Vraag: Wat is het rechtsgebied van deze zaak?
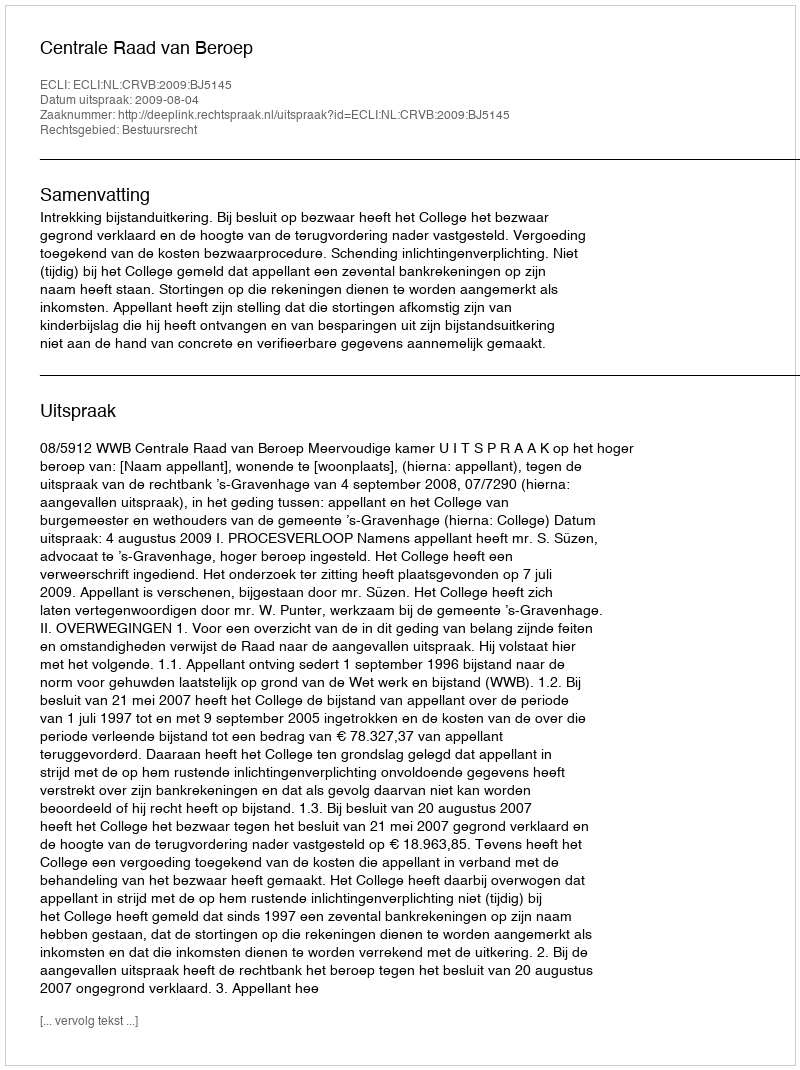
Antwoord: Bestuursrecht